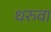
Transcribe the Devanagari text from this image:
धरुवा